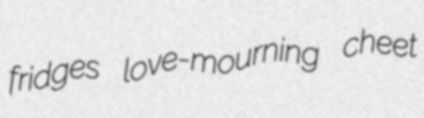
fridges love-mourning cheet